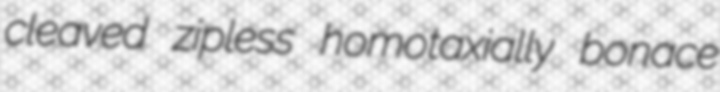
cleaved zipless homotaxially bonace